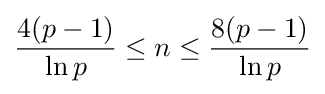
{\frac {4(p-1)}{\ln p}}\leq n\leq {\frac {8(p-1)}{\ln p}}